Indian journal of veterinary science and animal husbandry - Volumes 15-17, 1948-1951
Year: 1948
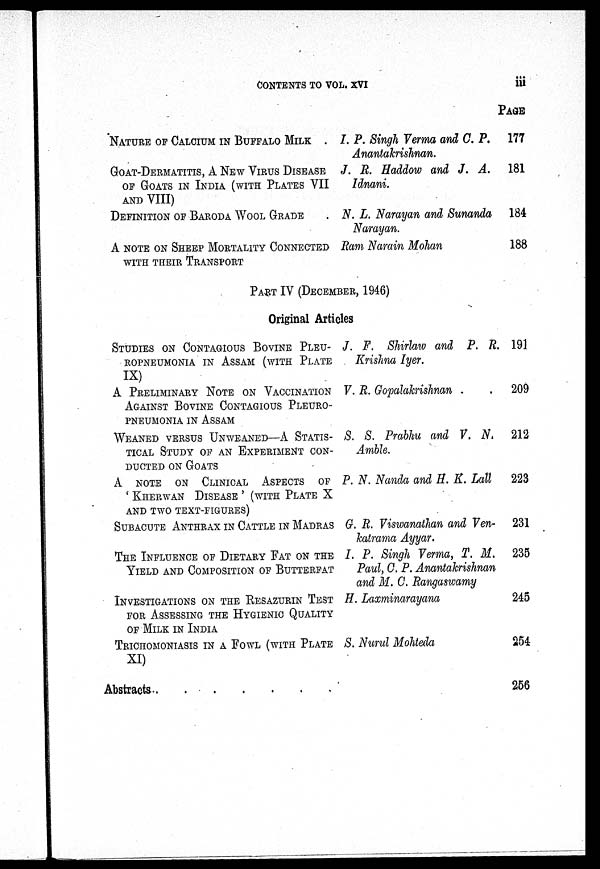
CONTENTS TO VOL. XVI
iii
NATURE OF CALCIUM IN BUFFALO MILK .
GOAT-DERMATITIS, A NEW VIRUS DISEASE
OF GOATS IN INDIA (WITH PLATES VII
AND VIII)
DEFINITION OF BARODA WOOL GRADE
A NOTE ON SHEEP MORTALITY CONNECTED
WITH THEIR TRANSPORT
I. P. Singh Verma and C. P.
Anantakrishnan.
J. R. Haddow and J. A.
Idnani.
N. L. Narayan and Sunanda
Narayan.
Ram Narain Mohan
PAGE
177
181
184
188
PART IV (DECEMBER, 1946)
Ori gi nal Art i cl es
STUDIES ON CONTAGIOUS BOVINE PLEU-
ROPNEUMONIA IN ASSAM (WITH PLATE
IX)
A PRELIMINARY NOTE ON VACCINATION
AGAINST BOVINE CONTAGIOUS PLEURO-
PNEUMONIA IN ASSAM
WEANED VERSUS UNWEANED—A STATIS-
TICAL STUDY OF AN EXPERIMENT CON-
DUCTED ON GOATS
A NOTE ON CLINICAL ASPECTS OF
'KHERWAN DISEASE' (WITH PLATE X
AND TWO TEXT- FI GURES)
SUBACUTE ANTHRAX IN CATTLE IN MADRAS
THE INFLUENCE OF DIETARY FAT ON THE
YIELD AND COMPOSITION OF BUTTERFAT
INVESTIGATIONS ON THE RESAZURIN TEST
FOR ASSESSING THE HYGIENIC QUALITY
OF MILK IN INDIA
TRICHOMONIASIS IN A FOWL (WITH PLATE
XI)
Abstracts . . . . . . .
J. F. Shirlaw and P. R.
Krishna Iyer.
V. R. Gopalakrishnan
S. S. Prabhu and V. N.
Amble.
P. N. Nanda and H. K. Lall
G. R. Viswanathan and Ven
katrama Ayyar.
I. P. Singh Verma, T. M.
Paul, C. P. Anantahrishnan
and M. G. Rangaswamy
H. Laxminarayana
S. Nurul Mohteda
191
209
212
223
231
235
245
254
256